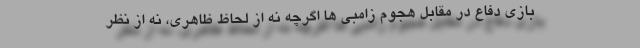
بازی دفاع در مقابل هجوم زامبی ها اگرچه نه از لحاظ ظاهری، نه از نظر